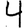
Digit: 4